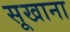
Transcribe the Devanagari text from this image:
सूखाना